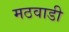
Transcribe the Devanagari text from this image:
मठवाडी